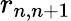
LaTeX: r_{n,n+1}